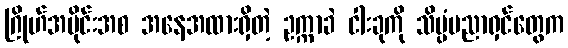
ဂြိုဟ်အပိုင်းအစ အနေအထားရှိတဲ့ ဥက္ကာခဲ ငါးခုကို သိပ္ပံပညာရှင်တွေက